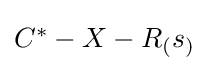
{\textstyle {C^{*}}-X-R_{(}s_{)}}